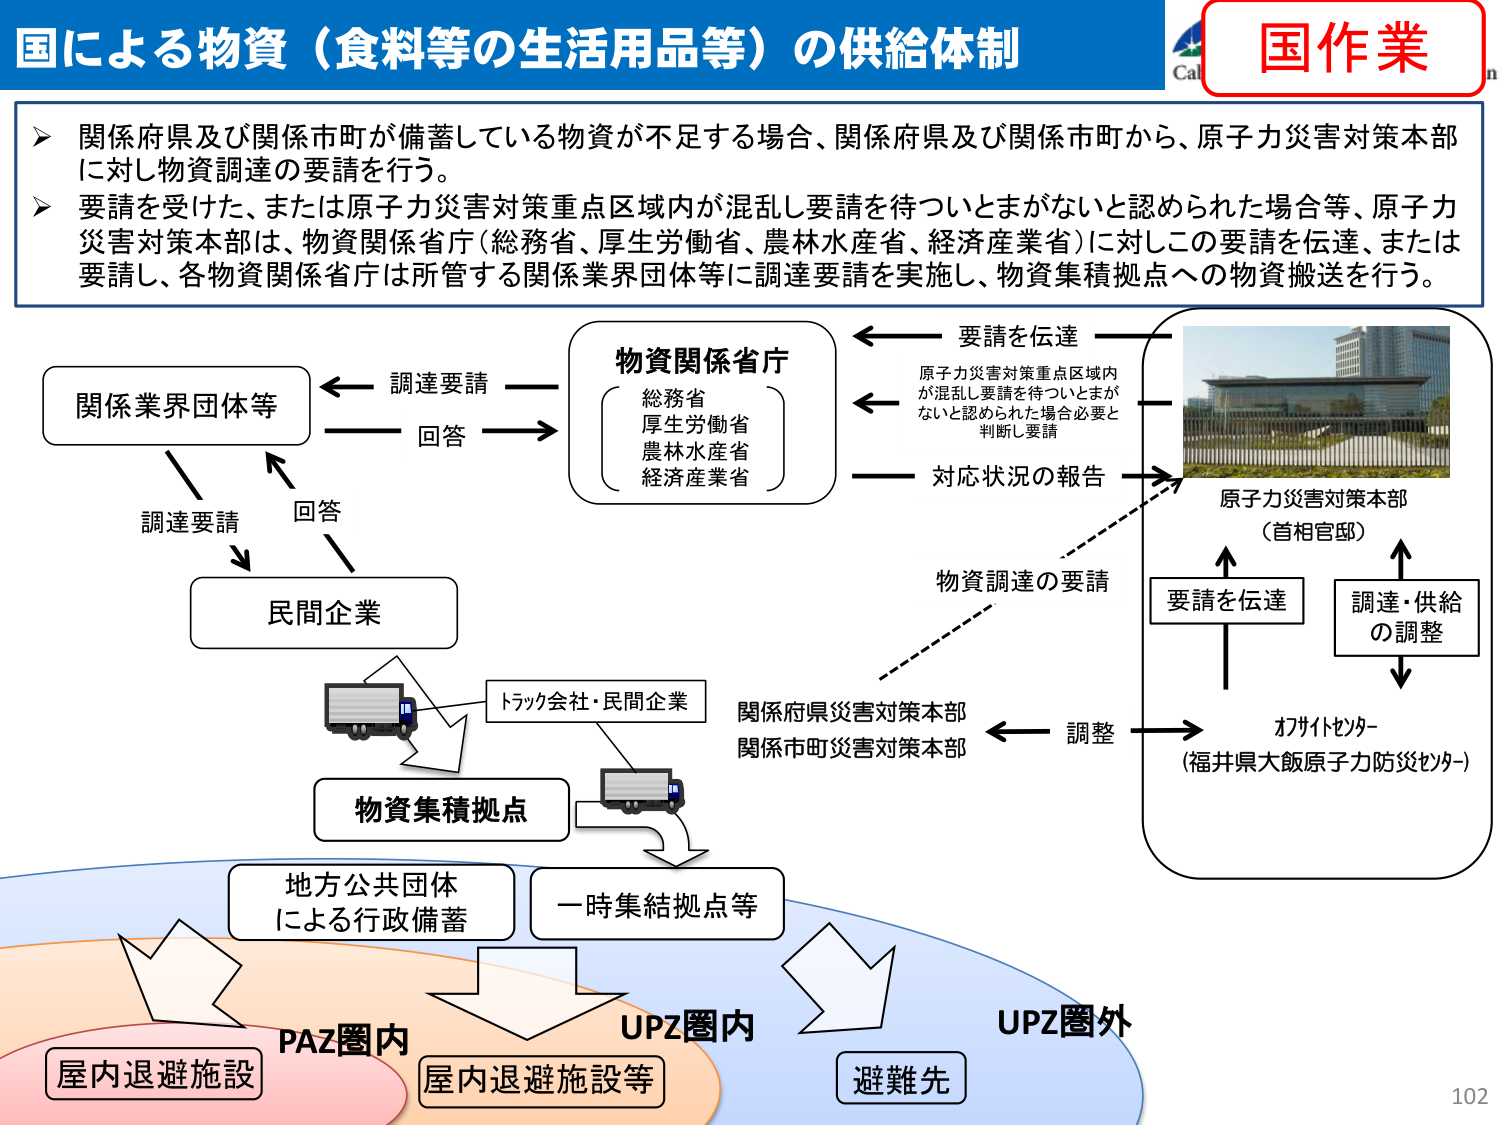
国による物資（食料等の生活用品等）の供給体制

国作業

関係府県及び関係市町が備蓄している物資が不足する場合、関係府県及び関係市町から、原子力災害対策本部に対し物資調達の要請を行う。

要請を受けた、または原子力災害対策重点区域内が混乱し要請を待ついとまがないと認められた場合等、原子力災害対策本部は、物資関係省庁（総務省、厚生労働省、農林水産省、経済産業省）に対しこの要請を伝達、または要請し、各物資関係省庁は所管する関係業界団体等に調達要請を実施し、物資集積拠点への物資搬送を行う。

関係業界団体等
← 調達要請 → 物資関係省庁
（総務省
厚生労働省
農林水産省
経済産業省）
← 要請を伝達
→ 回答

原子力災害対策重点区域内が混乱し要請を待ついとまがないと認められた場合必要と判断し要請

対応状況の報告

原子力災害対策本部
（首相官邸）

要請を伝達
↑
調達・供給
の調整
↓
オフサイトセンター
（福井県大飯原子力防災センター）

物資調達の要請
↓
関係府県災害対策本部
関係市町災害対策本部
← 調整

民間企業
← 調達要請
→ 回答

トラック会社・民間企業

物資集積拠点

地方公共団体
による行政備蓄
→ 一時集結拠点等

PAZ圏内
屋内退避施設

UPZ圏内
屋内退避施設等

UPZ圏外
避難先

102